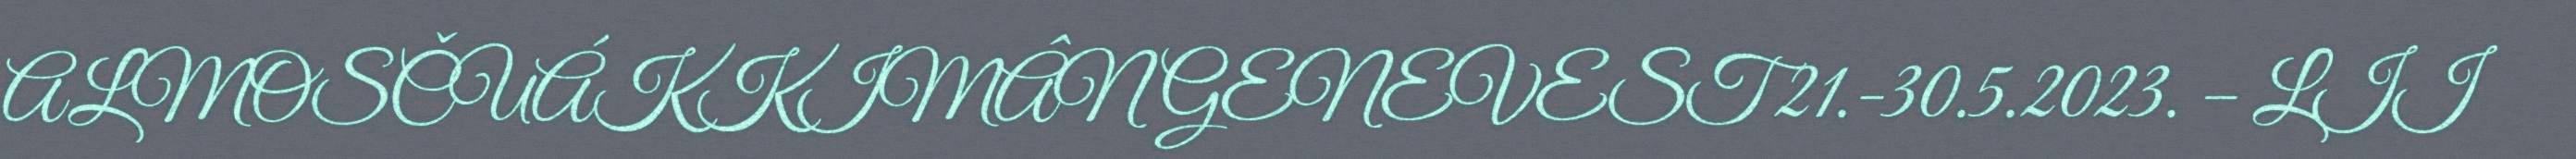
ALMOSČUÁKKIMÂN GENEVEST 21.-30.5.2023. – LII